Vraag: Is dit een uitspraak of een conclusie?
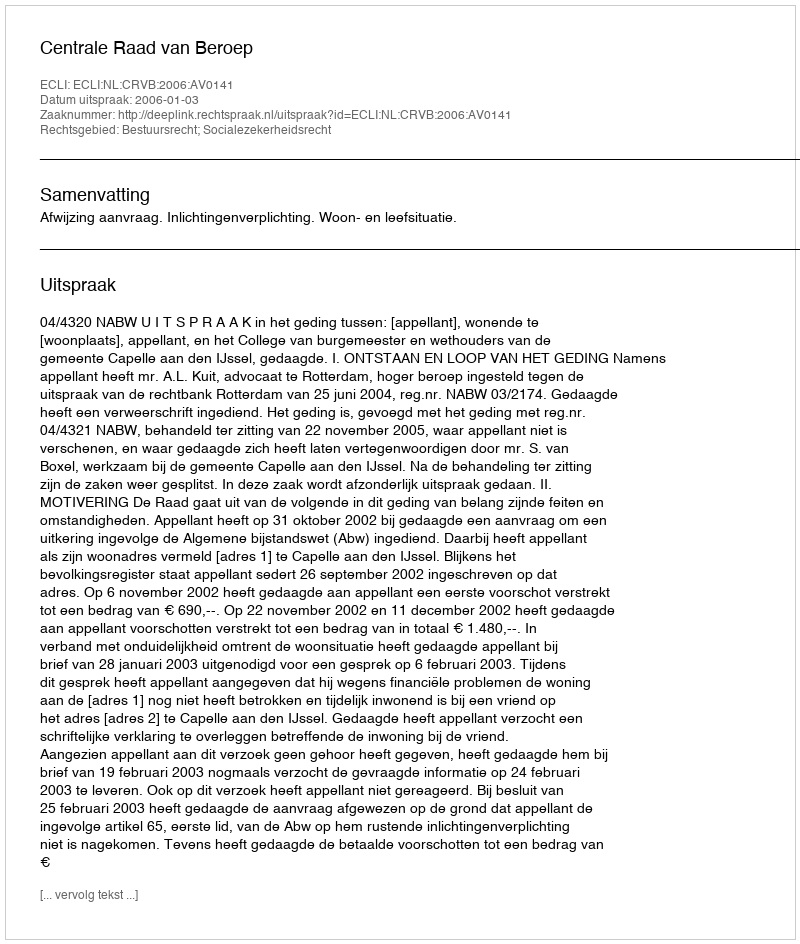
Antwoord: Uitspraak